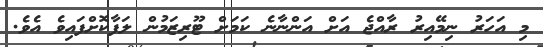
މި އަހަރު ނިމޭއިރު ރާއްޖެ އަށް އަންނާނެ ކަމަށް ޓޫރިޒަމުން ލަފާކޮށްފައިވެ އެވެ.